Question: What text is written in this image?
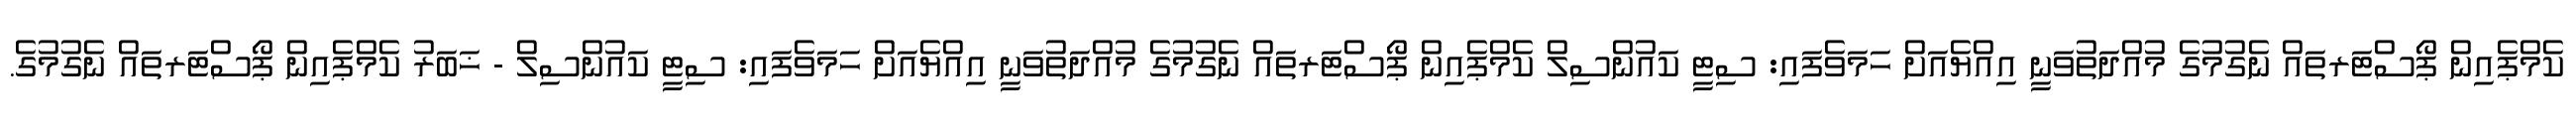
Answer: ކެމްޕެއިން ޕޯސްޓަރތައް ނެގުމުގެ މުއްދަތުވަނީ އިއްޔެއަށް ހަމަވެފައި: ސިޓީ ކައުންސިލް ކެމްޕެއިން ޕޯސްޓަރތައް ނެގުމުގެ މުއްދަތުވަނީ އިއްޔެއަށް ހަމަވެފައި: ސިޓީ ކައުންސިލް - ޚަބަރު ކެމްޕެއިން ޕޯސްޓަރތައް ނެގުމުގެ.